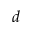
d